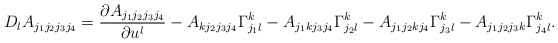
\begin{align*}D_l A_{j_1 j_2 j_3 j_4}=\frac{\partial A_{j_1 j_2 j_3 j_4}}{\partial u^l} - A_{k j_2 j_3 j_4} \Gamma _{j_1 l}^k - A_{j_1 k j_3 j_4} \Gamma _{j_2 l}^k - A_{j_1 j_2 k j_4} \Gamma _{j_3 l}^k - A_{j_1 j_2 j_3 k} \Gamma _{j_4 l}^k .\end{align*}